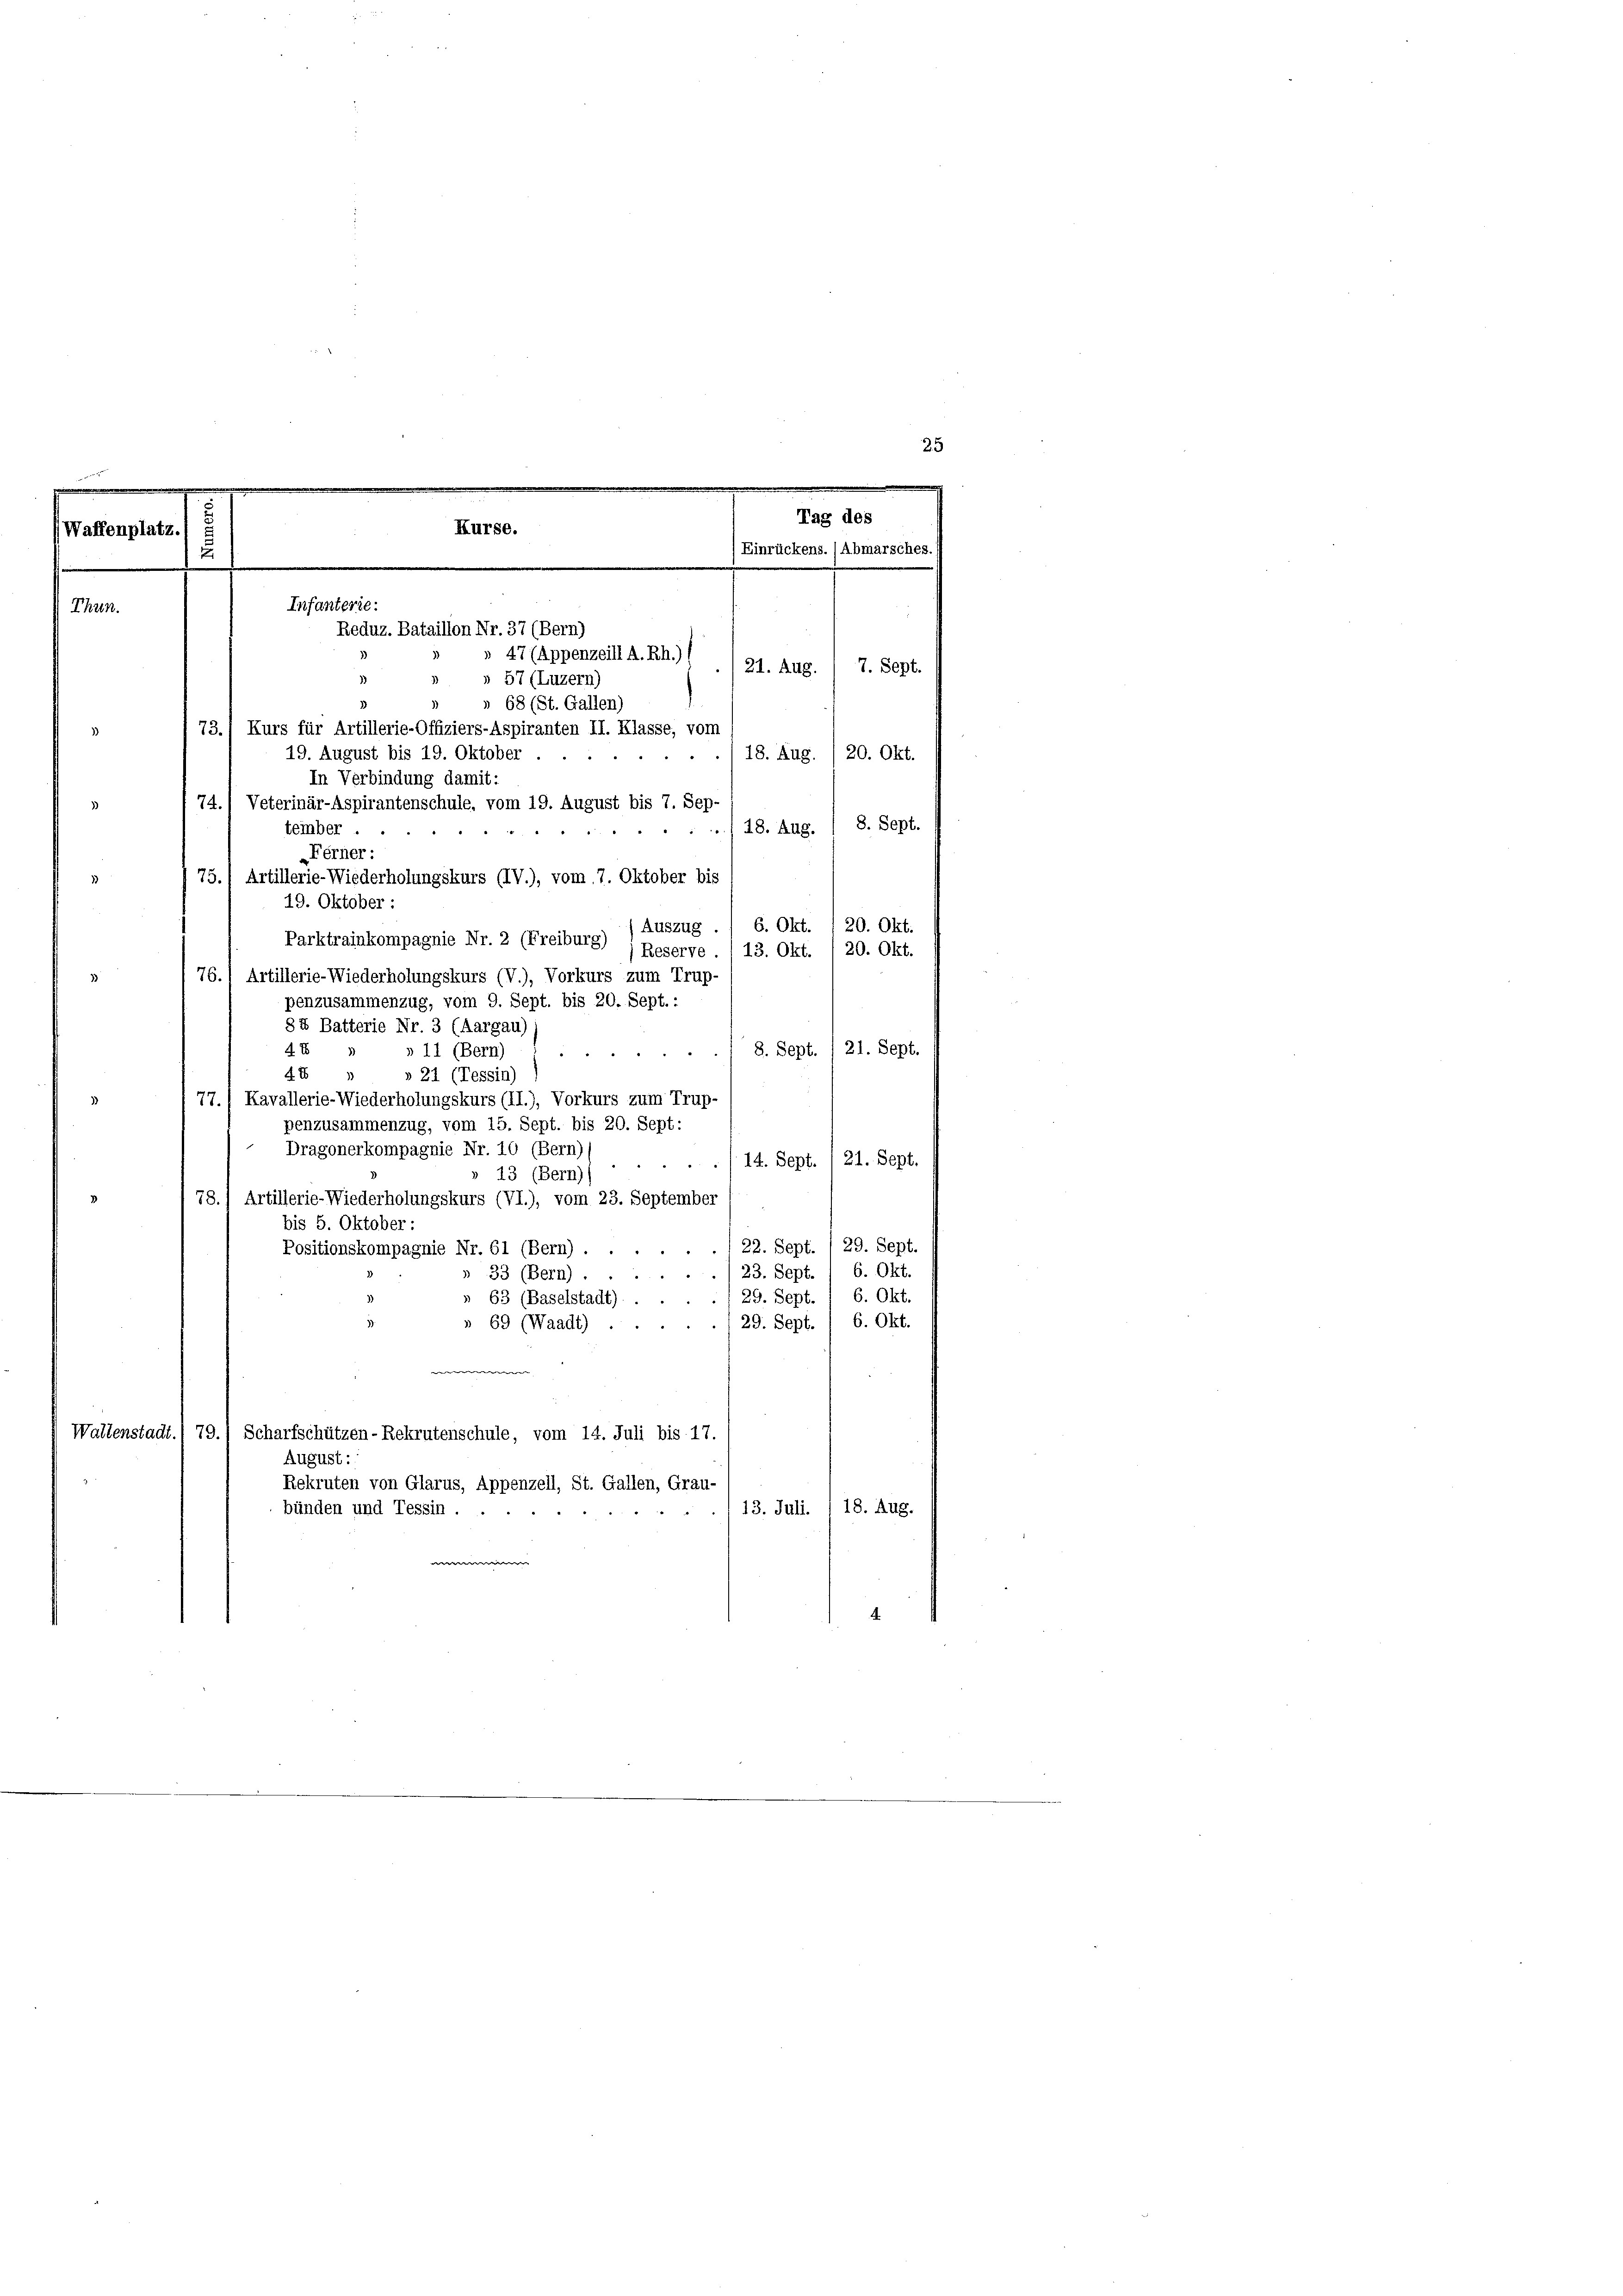
21. Aug. / 7. Sept.
3
§ 57 (Luzern)
1
» » 68 (St. Gallen)
73.) Kurs für Artillerie-Offiziers-Aspiranten II. Klasse, vom
19. August bis 19. Oktober
18. Aug. / 20. Okt.
In Verbindung damit:
Veterinär-Aspirantenschule, vom 19. August bis 7. Sep-
74
8. Sept.
tember
.. 18. Aug.
„Ferner:
75.) Artillerie-Wiederholungskurs (IV.), vom 7. Oktober bis
19. Oktober
6. Okt.
20. Okt.
Auszug.
Parktrainkompagnie Nr. 2 (Freiburg)
20. Okt.
13. Okt.
Reserve.
33
76.) Artillerie-Wiederholungskurs (V.), Vorkurs zum Trup-
penzusammenzug, vom 9. Sept. bis 20. Sept. :
84 Batterie Nr. 3 (Aargau)
8. Sept. (21. Sept.
4. E
» 11 (Bern)
8
44 " " 21 (Tessin)
77.) Kavallerie-Wiederholungskurs (II.), Vorkurs zum Trup-
penzusammenzug, vom 15. Sept. bis 20. Sept:
Dragonerkompagnie Nr. 10 (Bern)
» 13 (Bern) . . ./14. Sept. 121. Sept.
78.) Artillerie-Wiederholungskurs (VI.), vom 23. September
bis 5. Oktober:
/22. Sept. 1 29. Sept.
Positionskompagnie Nr. 61 (Bern).
23. Sept. / 6. Okt.
» 33 (Bern).
/ 29. Sept. 1 6. Okt.
 63 (Baselstadt) .
29. Sept. / 6. Okt.
69 (Waadt)
e
Waltenstadt. 79.) Scharfschützen-Rekrutenschule, vom 14. Juli bis 17.
August:
Rekruten von Glarus, Appenzell, St. Gallen, Grau-
bünden und Tessin.
13. Juli. 18. Aug.

Waffenplatz. 1

Thun.

25

.
.
.
.
d
e
Tag des
Kurse.
Einrückens. / Abmarsches.
u
Infanterie:
Reduz. Bataillon Nr. 37 (Bern)
47 (Appenzeill A.Rh.) (